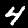
Digit: 4